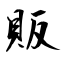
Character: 販